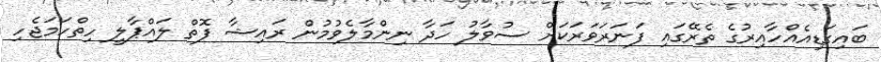
ބައިގަޑިއެއްހާއިރުގެ ތެރޭގައި ފަނަރަވަރަކަށް ސުވާލު ހަދާ ނިންމާލެވުމުން ރައިޝާ ފޮތް ލައްޕާލީ ހިތްހަމަޖެހި